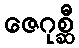
ဇေဂုစ္ဆီ